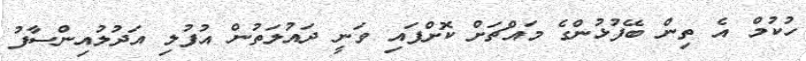
ހުކުމް އެ ތިން ބޭފުޅުންގެ މައްޗަށް ކޮށްފައި ވަނީ ދައުލަތުން އުފުލި އަދުލުއިންސާފު